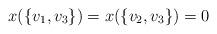
LaTeX: \begin{align*} x(\{v_1,v_3\}) = x(\{v_2,v_3\}) = 0 \end{align*}